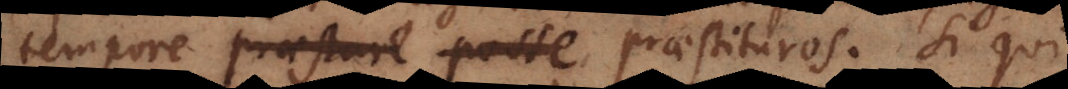
tempore praestare posse. praestituros. Si qui